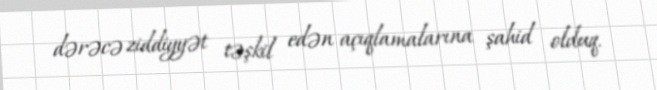
dərəcə ziddiyyət təşkil edən açıqlamalarına şahid olduq.